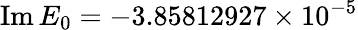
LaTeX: \mathrm{Im}\, E_{0}=-3.85812927\times 10^{-5}